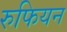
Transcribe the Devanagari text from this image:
रुफियन